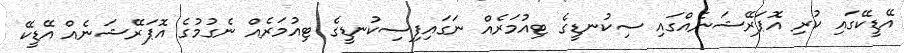
އޭޑީކޭގައި ކުރި އޮޕަރޭޝަނެއްގައި ސިކުނޑީގެ ޓިއުމަރެއް ނަގައިފިސިކުނޑީގެ ޓިއުމަރެއް ނެގުމުގެ އޮޕަރޭޝަނެއް އޭޑީކޭ